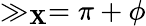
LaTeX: \gg_{\mathbf{X}}=\pi+\phi